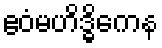
ဧဝံမဟိဒ္ဓိကေန